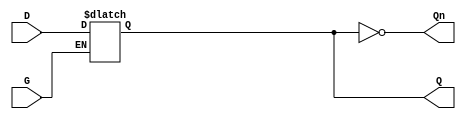
module GatedTransparentLatch (
    input wire D,      // Data Input
    input wire G,      // Gate/Enable Signal
    output reg Q,      // Output
    output wire Qn     // Complement Output
);

// Complement output
assign Qn = ~Q;

// Always block to implement the latch behavior
always @(*) begin
    if (G) begin
        Q = D;  // When G is high, Q follows D
    end
    // When G is low, Q retains its previous value (hold state)
end

endmodule